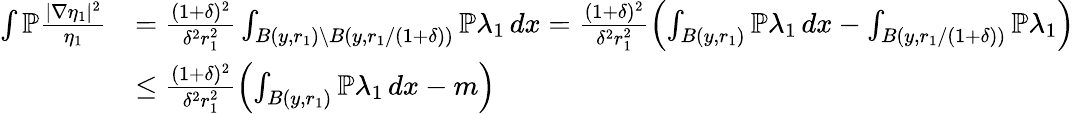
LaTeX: \begin{array}{rl}{\int\mathbb{P}\frac{|\nabla\eta_{1}|^{2}}{\eta_{1}}}&{=\frac{(1+\delta)^{2}}{\delta^{2}r_{1}^{2}}\int_{B(y,r_{1})\setminus B(y,r_{1}/(1+\delta))}\mathbb{P}\lambda_{1}\, dx=\frac{(1+\delta)^{2}}{\delta^{2}r_{1}^{2}}\left(\int_{B(y,r_{1})}\mathbb{P}\lambda_{1}\, dx-\int_{B(y,r_{1}/(1+\delta))}\mathbb{P}\lambda_{1}\right)}\\ &{\leq\frac{(1+\delta)^{2}}{\delta^{2}r_{1}^{2}}\left(\int_{B(y,r_{1})}\mathbb{P}\lambda_{1}\, dx-m\right)}\end{array}